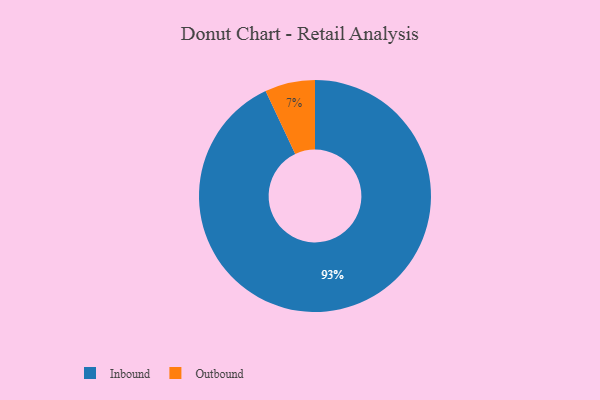
{"axis": {"x": "Category", "y": "Percentage"}, "legend": ["Inbound", "Outbound"], "data": [{"x": "Inbound", "y": 93, "type": "Inbound"}, {"x": "Outbound", "y": 7, "type": "Outbound"}]}